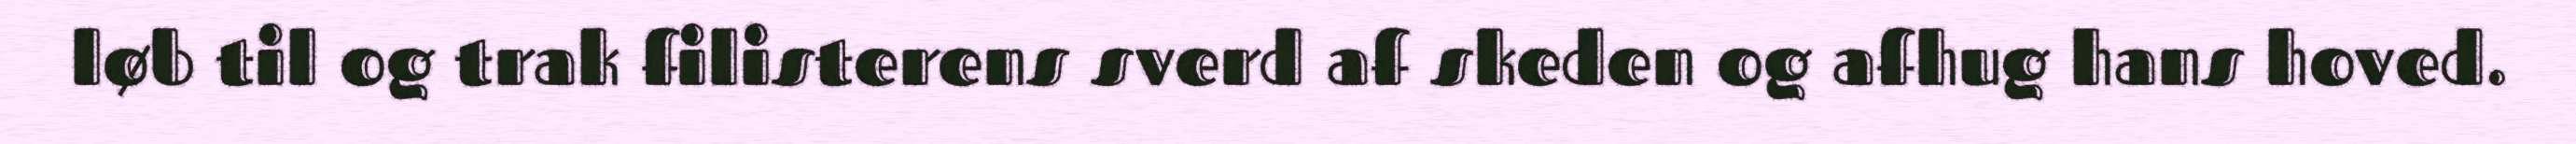
løb til og trak filisterens sverd af skeden og afhug hans hoved.